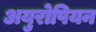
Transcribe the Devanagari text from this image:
अयुरोपियन